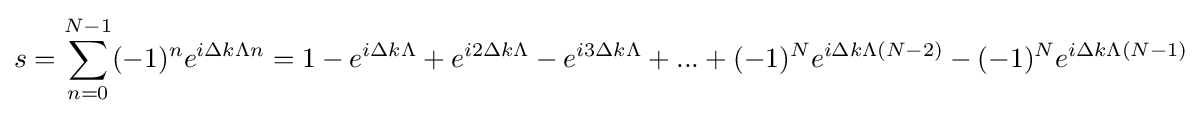
s=\sum _{n=0}^{N-1}(-1)^{n}e^{i\Delta k\Lambda n}=1-e^{i\Delta k\Lambda }+e^{i2\Delta k\Lambda }-e^{i3\Delta k\Lambda }+...+(-1)^{N}e^{i\Delta k\Lambda (N-2)}-(-1)^{N}e^{i\Delta k\Lambda (N-1)}